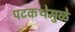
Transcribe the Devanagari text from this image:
पटकथेमुळे